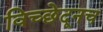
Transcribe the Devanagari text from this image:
विच्छेदूनच